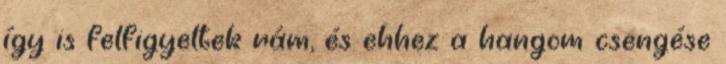
így is felfigyeltek rám, és ehhez a hangom csengése